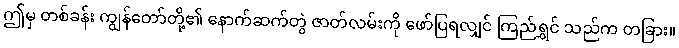
ဤမှ တစ်ခန်း ကျွန်တော်တို့၏ နောက်ဆက်တွဲ ဇာတ်လမ်းကို ဖော်ပြရလျှင် ကြည်ရွှင် သည်က တခြား။